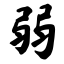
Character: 弱